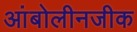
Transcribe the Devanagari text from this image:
आंबोलीनजीक